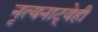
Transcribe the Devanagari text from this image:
नृत्यनाट्येही